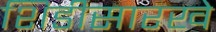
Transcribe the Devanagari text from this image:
शिडीसारखे